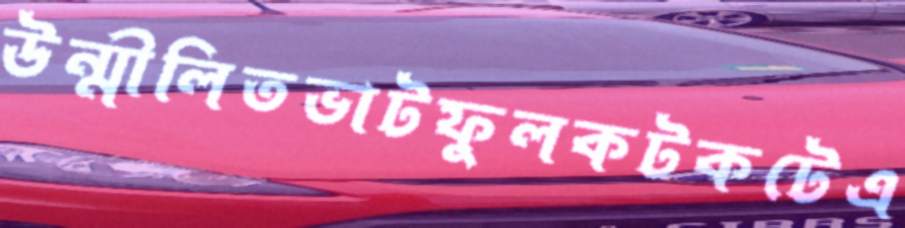
উন্মীলিতভাটফুলকটকটেএ